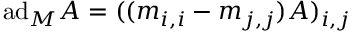
\mathrm { a d } _ { M } A = ( ( m _ { i , i } - m _ { j , j } ) A ) _ { i , j }